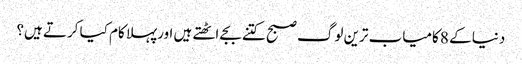
دنیا کے 8 کامیاب ترین لوگ صبح کتنے بجے اٹھتے ہیں اورپہلا کام کیا کرتے ہیں؟